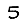
Digit: 5